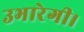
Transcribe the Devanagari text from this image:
उभारेगी।